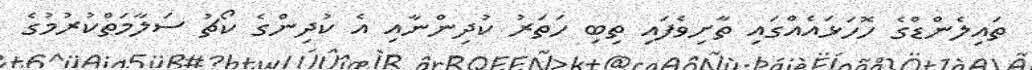
ތައިލެންޑްގެ ހޮހަޅައެއްގައި ތާށިވެފައި ތިބި ހަތަރު ކުދިންނާއި އެ ކުދިންގެ ކޯޗު ސަލާމަތްކުރުމުގެ